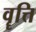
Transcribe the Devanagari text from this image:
वॄत्ति